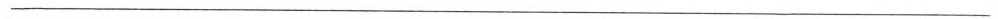
___